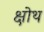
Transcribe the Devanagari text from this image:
क्षोथ